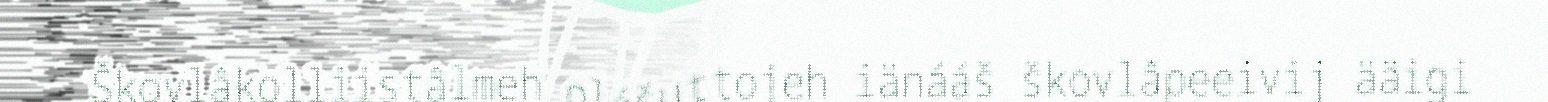
Škovlâkolliistâlmeh olášuttojeh iänááš škovlâpeeivij ääigi